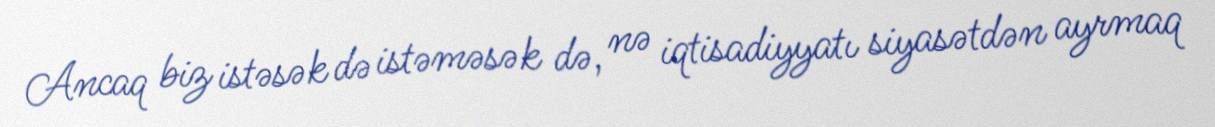
Ancaq biz istəsək də istəməsək də, nə iqtisadiyyatı siyasətdən ayrmaq